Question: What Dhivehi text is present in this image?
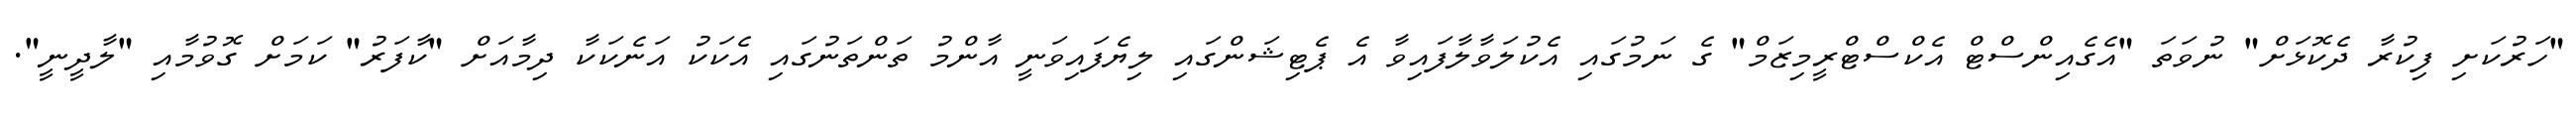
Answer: "ހަރުކަށި ފިކުރާ ދެކޮޅަށް" ނުވަތަ "އެގެއިންސްޓް އެކްސްޓްރީމިޒަމް" ގެ ނަމުގައި އެކުލަވާލާފައިވާ އެ ޕެޓިޝަންގައި ލިޔެފައިވަނީ އާންމު ތަންތަނުގައި އެކަކު އަނެކަކާ ދިމާއަށް "ކާފަރު" ކަމަށް ގޮވުމާއި "ލާދީނީ".